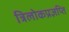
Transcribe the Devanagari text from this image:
त्रिलोकप्रज्ञप्ति